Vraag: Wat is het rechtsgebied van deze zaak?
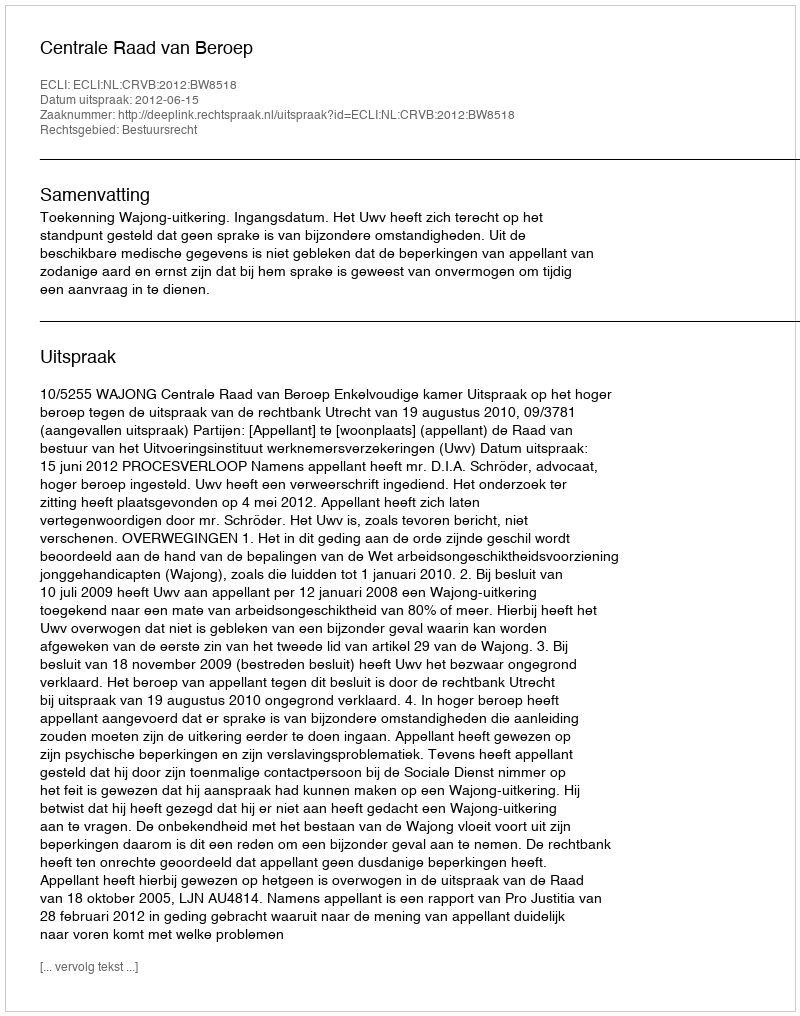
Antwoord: Bestuursrecht